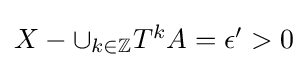
{\textstyle X-\cup _{k\in \mathbb {Z} }T^{k}A=\epsilon '>0}